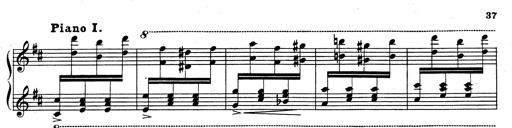
Title: Rhapsodie espagnole
Composer: Franz Liszt